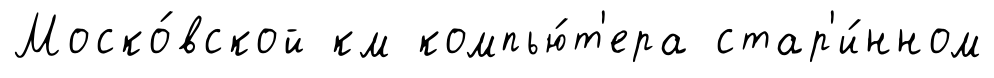
Моско́вской км компью́т'ера стар'и́нном